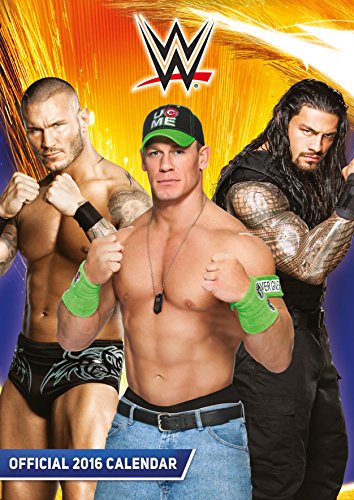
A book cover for The Official World Wrestling (Wwe) 2016 A3 Calendar; Calendars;